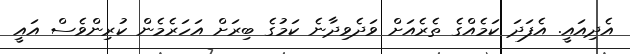
އެދިއައީ. އެފަދަ ކަމެއްގެ ތެރެއަށް ވަދެވިދާނެ ކަމުގެ ބިރަށް އަހަރެމެން ކުރިންވެސް އައީ